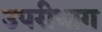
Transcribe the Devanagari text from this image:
उपरीभाग